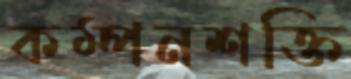
কম্পনশক্তি